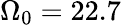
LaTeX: \Omega_{0}=22.7